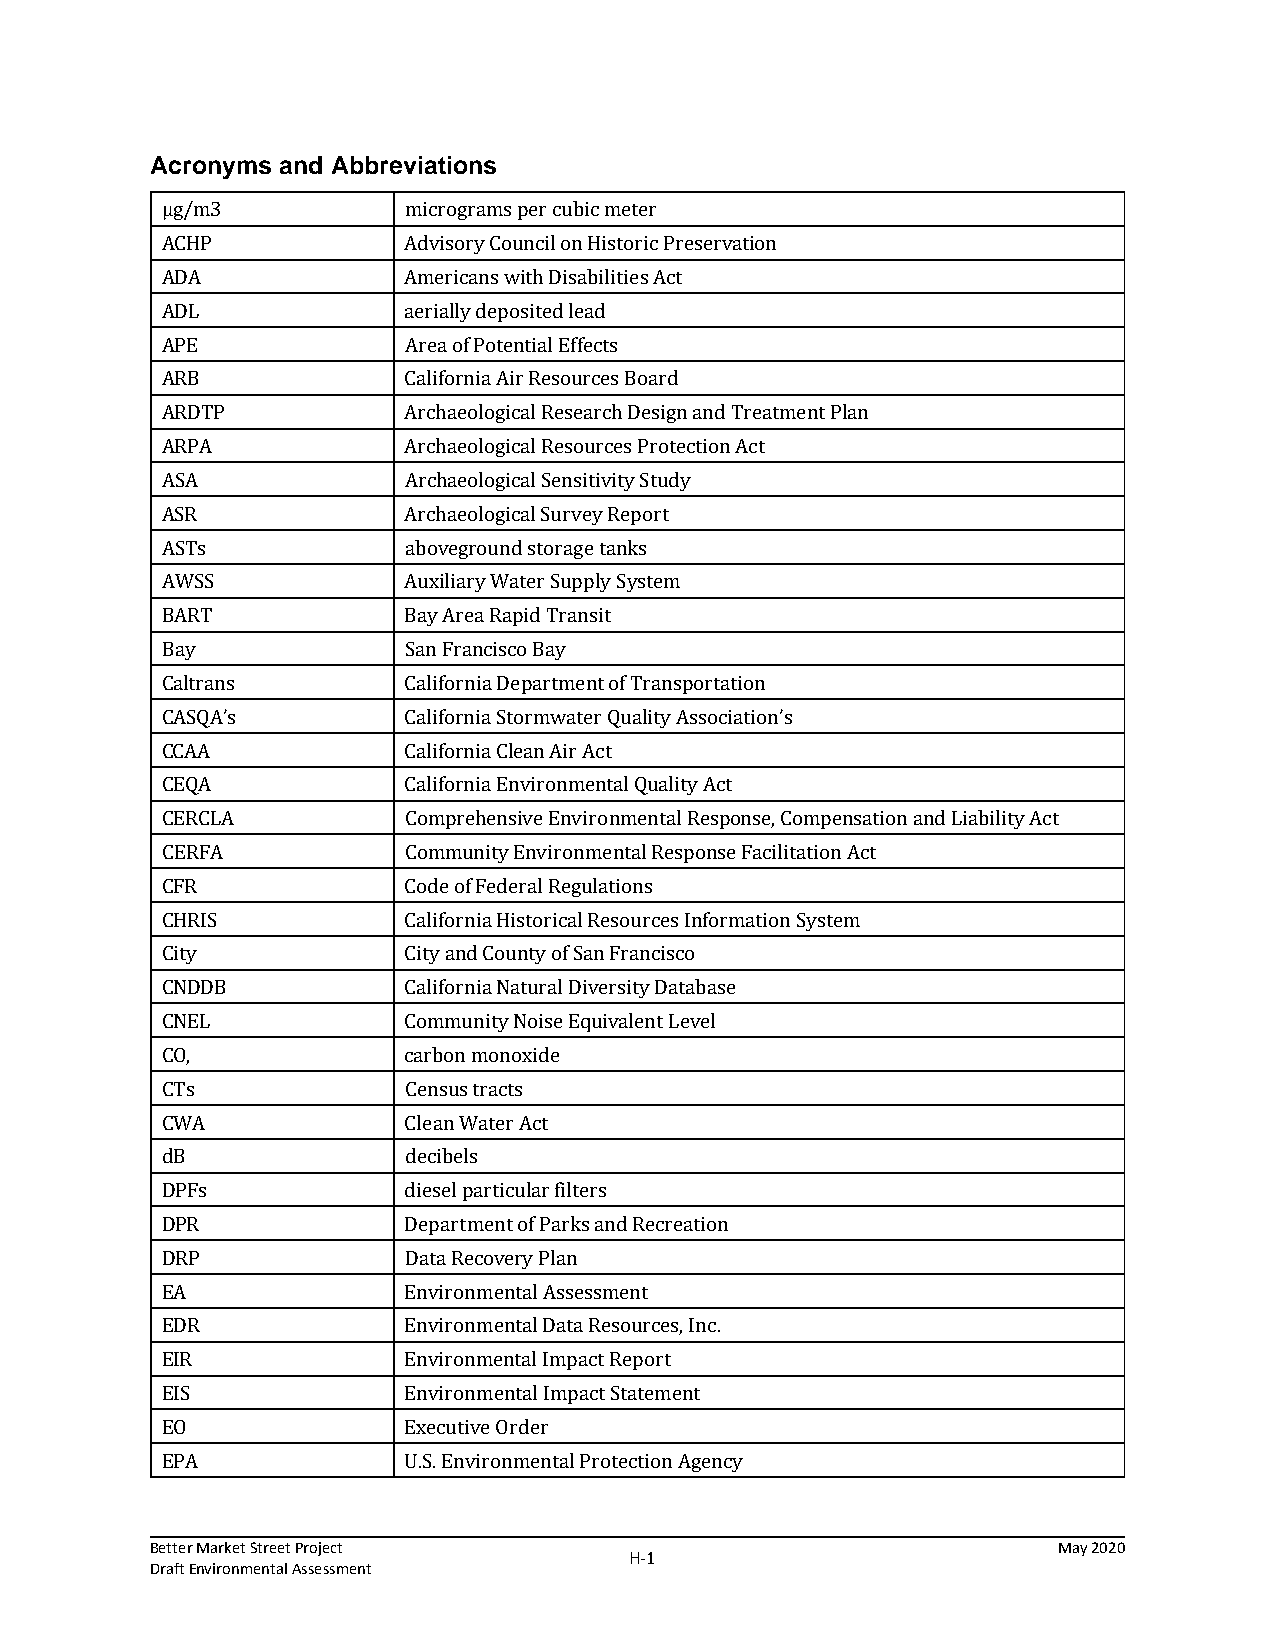
Acronyms and Abbreviations
 µg/m3           micrograms per cubic meter
 ACHP            Advisory Council on Historic Preservation
 ADA             Americans with Disabilities Act
 ADL             aerially deposited lead
 APE             Area of Potential Effects
 ARB             California Air Resources Board
 ARDTP           Archaeological Research Design and Treatment Plan
 ARPA            Archaeological Resources Protection Act
 ASA             Archaeological Sensitivity Study
 ASR             Archaeological Survey Report
 ASTs            aboveground storage tanks
 AWSS            Auxiliary Water Supply System
 BART            Bay Area Rapid Transit
 Bay             San Francisco Bay
 Caltrans        California Department of Transportation
 CASQA’s         California Stormwater Quality Association’s
 CCAA            California Clean Air Act
 CEQA            California Environmental Quality Act
 CERCLA          Comprehensive Environmental Response, Compensation and Liability Act
 CERFA           Community Environmental Response Facilitation Act
 CFR             Code of Federal Regulations
 CHRIS           California Historical Resources Information System
 City            City and County of San Francisco
 CNDDB           California Natural Diversity Database
 CNEL            Community Noise Equivalent Level
 CO,             carbon monoxide
 CTs             Census tracts
 CWA             Clean Water Act
 dB              decibels
 DPFs            diesel particular filters
 DPR             Department of Parks and Recreation
 DRP             Data Recovery Plan
 EA              Environmental Assessment
 EDR             Environmental Data Resources, Inc.
 EIR             Environmental Impact Report
 EIS             Environmental Impact Statement
 EO              Executive Order
 EPA             U.S. Environmental Protection Agency
 Better Market Street Project                                May 2020
 H‐1
 Draft Environmental Assessment